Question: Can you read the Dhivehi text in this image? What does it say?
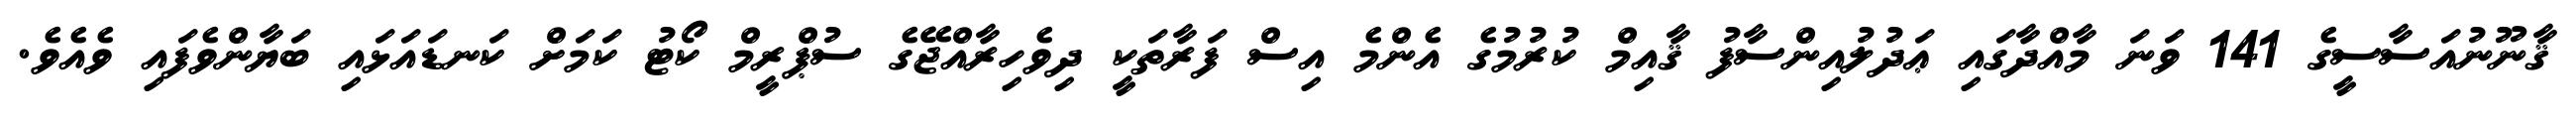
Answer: ޤާނޫނުއަސާސީގެ 141 ވަނަ މާއްދާގައި ޢަދުލުއިންސާފު ޤާއިމް ކުރުމުގެ އެންމެ އިސް ފަރާތަކީ ދިވެހިރާއްޖޭގެ ސުޕްރީމް ކޯޓު ކަމަށް ކަނޑައަޅައި ބަޔާންވެފައި ވެއެވެ.